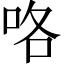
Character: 咯